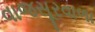
વાજસૂરવાળા